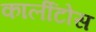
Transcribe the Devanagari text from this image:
कार्लीटोस